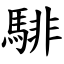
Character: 騑